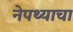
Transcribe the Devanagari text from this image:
नेपथ्याचा